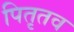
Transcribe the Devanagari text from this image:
पितृतव